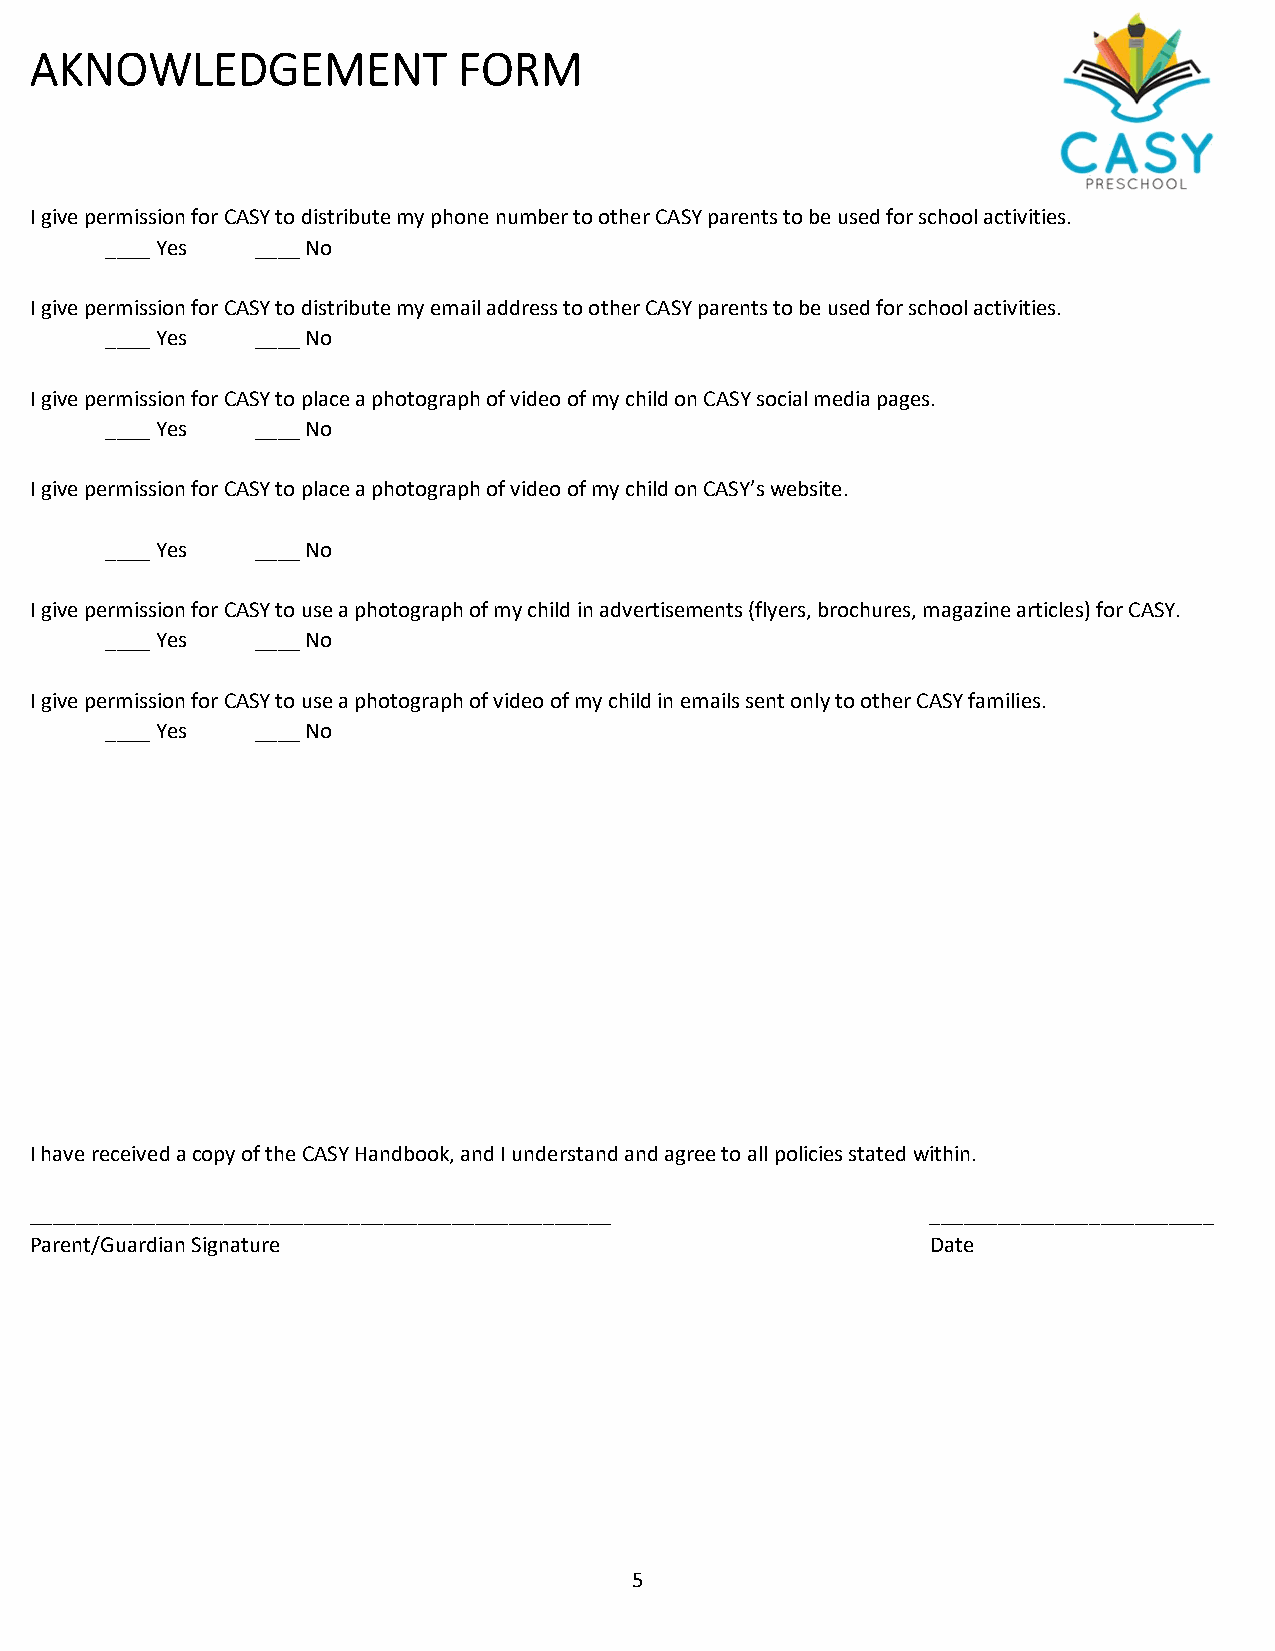
AKNOWLEDGEMENT              FORM
 I give permission for CASY to distribute my phone number to other CASY parents to be used for school activities.
 ____ Yes  ____ No
 I give permission for CASY to distribute my email address to other CASY parents to be used for school activities.
 ____ Yes  ____ No
 I give permission for CASY to place a photograph of video of my child on CASY social media pages.
 ____ Yes  ____ No
 I give permission for CASY to place a photograph of video of my child on CASY’s website.
 ____ Yes  ____ No
 I give permission for CASY to use a photograph of my child in advertisements (flyers, brochures, magazine articles) for CASY.
 ____ Yes  ____ No
 I give permission for CASY to use a photograph of video of my child in emails sent only to other CASY families.
 ____ Yes  ____ No
 I have received a copy of the CASY Handbook, and I understand and agree to all policies stated within.
 ___________________________________________________         _________________________
 Parent/Guardian Signature                                   Date
 5